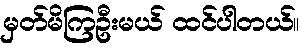
မှတ်မိကြဦးမယ် ထင်ပါတယ်။